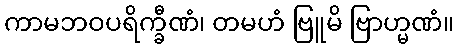
ကာမဘဝပရိက္ခီဏံ၊ တမဟံ ဗြူမိ ဗြာဟ္မဏံ။